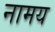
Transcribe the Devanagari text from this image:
नामय